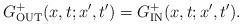
LaTeX: \begin{align*}G^+_{\rm OUT}(x,t;x',t') = G^+_{\rm IN}(x,t;x',t').\end{align*}